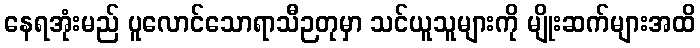
နေရအုံးမည် ပူလောင်သောရာသီဉတုမှာ သင်ယူသူများကို မျိုးဆက်များအထိ